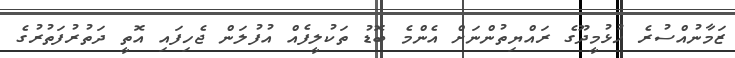
ޒަމާނުއްސުރެ ހުޅުމީދޫގެ ރައްޔިތުންނަށް އެންމެ ބޮޑު ތަކުލީފެއް އުފުލަން ޖެހިފައި އޮތީ ދަތުރުފަތުރުގެ